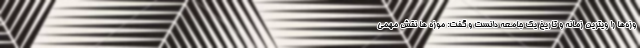
وزه‌ها را ویترین زمانه و تاریخ یک جامعه دانست و گفت: موزه ها نقش مهمی